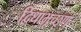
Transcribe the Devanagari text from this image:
द्विधाभूच्छृणु